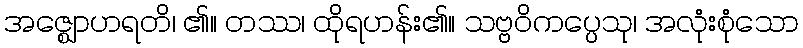
အဇ္ဈောဟရတိ၊ ၏။ တဿ၊ ထိုရဟန်း၏။ သဗ္ဗဝိကပ္ပေသု၊ အလုံးစုံသော